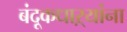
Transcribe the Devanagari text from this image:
बंदूकधाऱ्यांना